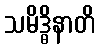
သမိဒ္ဓိနာတိ